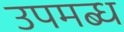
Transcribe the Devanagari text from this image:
उपमब्ध